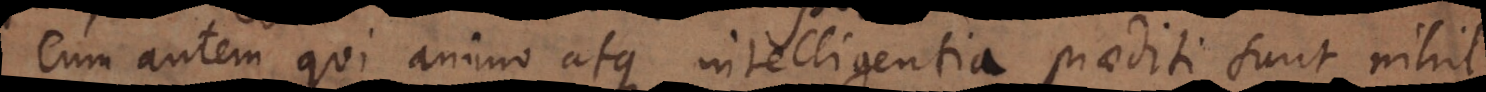
Cum autem qui animo atque intelligentia praediti sunt nihil